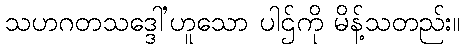
သဟဂတသဒ္ဒေါ’ဟူသော ပါဌ်ကို မိန့်သတည်း။